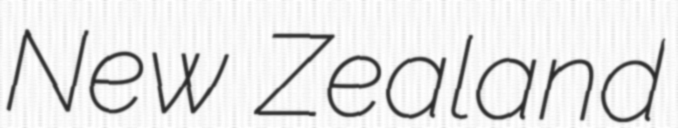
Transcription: New Zealand